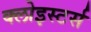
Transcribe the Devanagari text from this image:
क्लोइस्टर्स